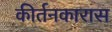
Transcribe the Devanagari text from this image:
कीर्तनकारास